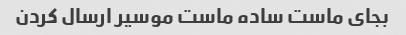
بجای ماست ساده ماست موسیر ارسال کردن